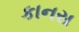
કાનસ